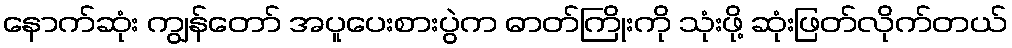
နောက်ဆုံး ကျွန်တော် အပူပေးစားပွဲက ဓာတ်ကြိုးကို သုံးဖို့ ဆုံးဖြတ်လိုက်တယ်